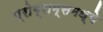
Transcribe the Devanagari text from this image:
प्रोग्राम्समध्ये